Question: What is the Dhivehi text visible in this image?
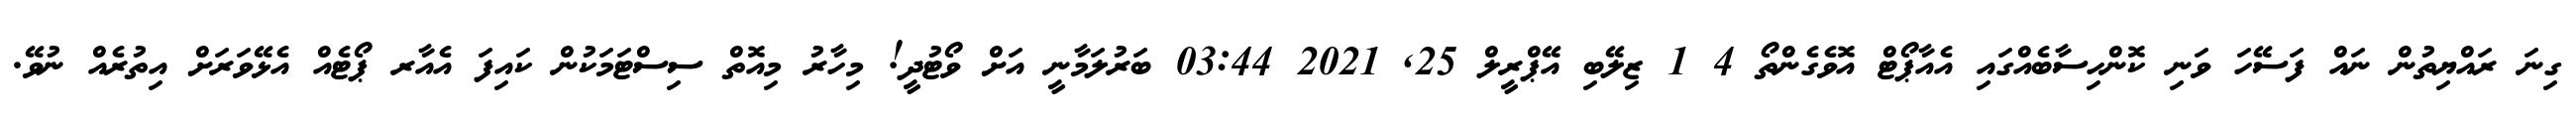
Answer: ގިނަ ރައްޔިތުން ނައް ފަސޭހަ ވަނި ކޮންހިސާބެއްގައި އެއާޕޯޓް އޮވެގެންތޯ 4 1 ޒިލޭބި އޭޕްރީލް 25, 2021 03:44 ބަރުލަމާނީ އަށް ވޯޓުދީ! މިހާރު މިއޮތް ސިސްޓަމަކުން ކައިފަ އެއާރ ޕޯޓެއް އެޅޭވަރަށް އިތުރެއް ނުވޭ.